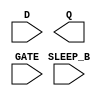
module sky130_fd_sc_lp__srdlxtp (
    //# {{data|Data Signals}}
    input  D      ,
    output Q      ,

    //# {{clocks|Clocking}}
    input  GATE   ,

    //# {{power|Power}}
    input  SLEEP_B
);

    // Voltage supply signals
    supply1 KAPWR;
    supply1 VPWR ;
    supply0 VGND ;
    supply1 VPB  ;
    supply0 VNB  ;

endmodule